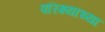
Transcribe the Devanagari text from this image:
परिक्ष्यांच्या